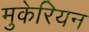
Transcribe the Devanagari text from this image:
मुकेरियन